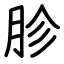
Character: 胗